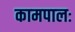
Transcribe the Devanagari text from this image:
कामपालः